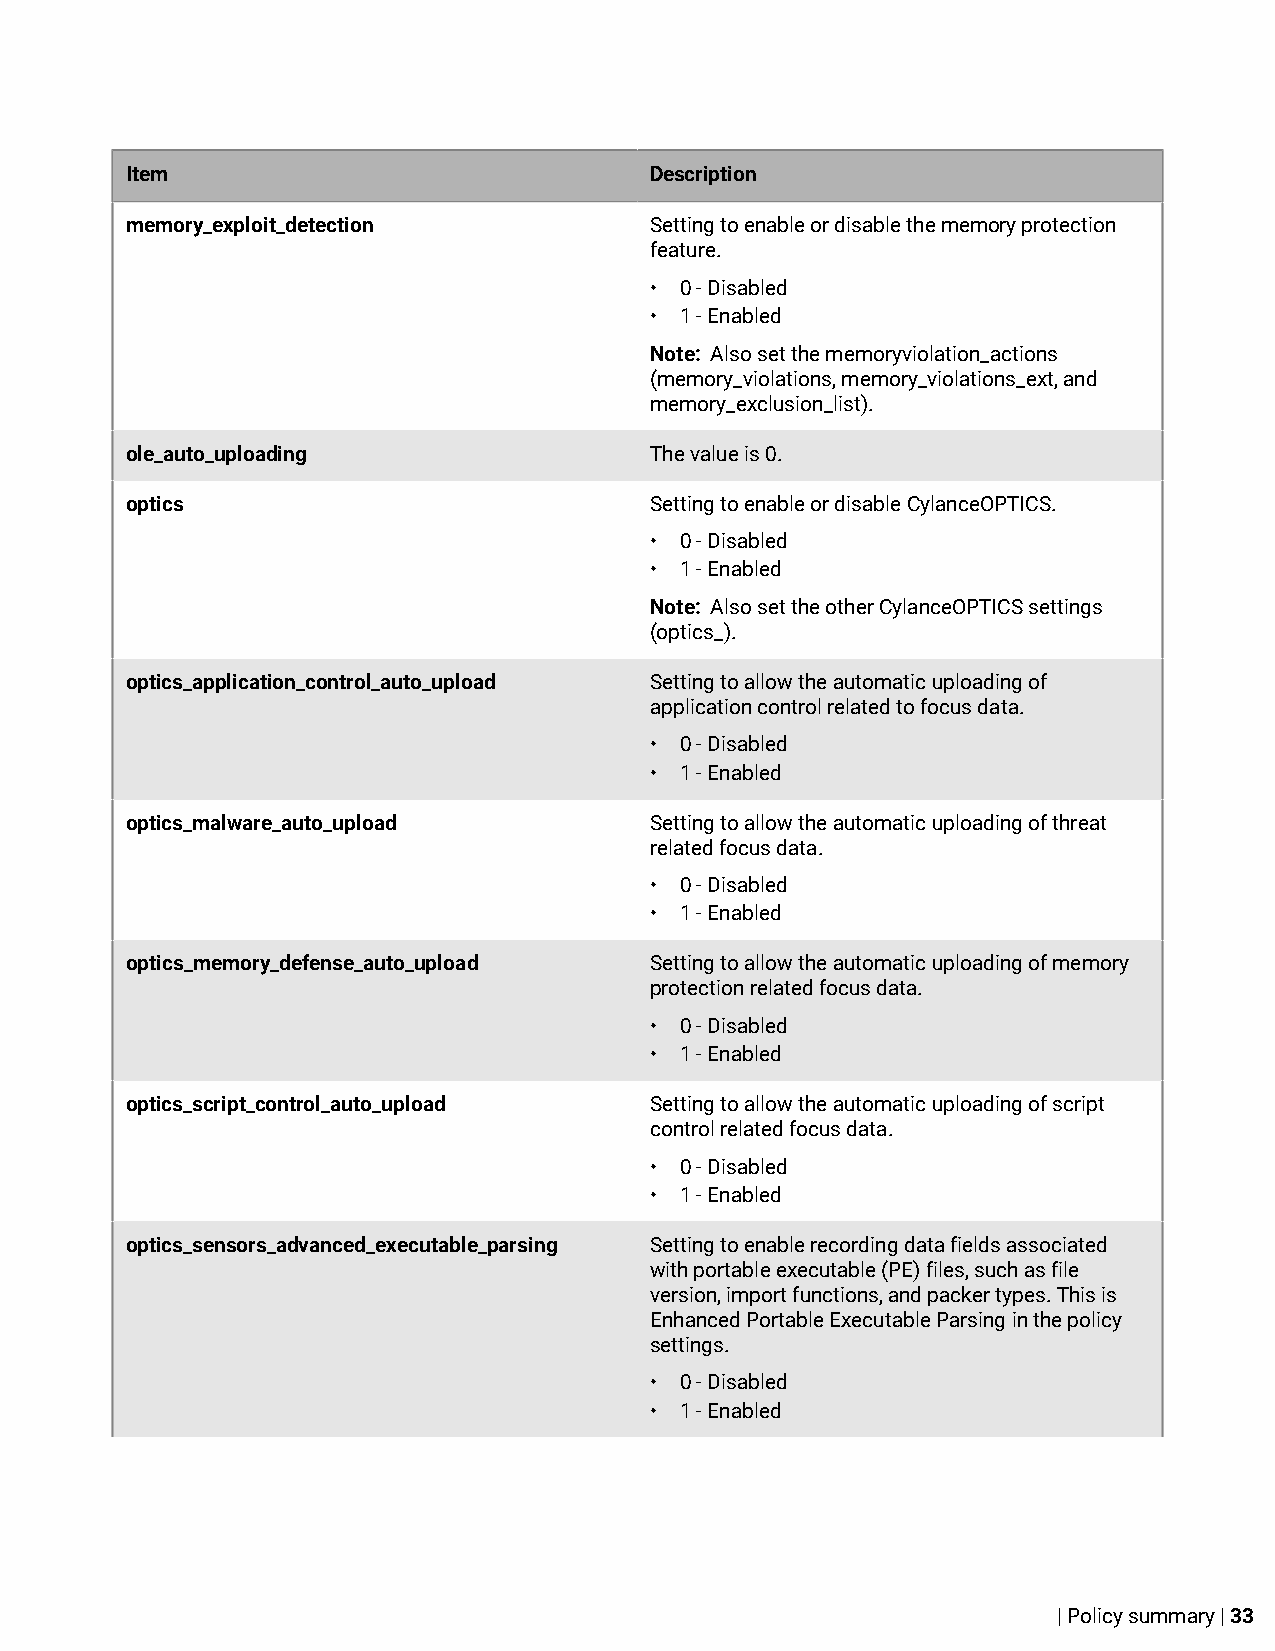
Item                               Description
 memory_exploit_detection           Setting to enable or disable the memory protection
 feature.
 • 0 - Disabled
 • 1 - Enabled
 Note: Also set the memoryviolation_actions
 (memory_violations, memory_violations_ext, and
 memory_exclusion_list).
 ole_auto_uploading                 The value is 0.
 optics                             Setting to enable or disable CylanceOPTICS.
 • 0 - Disabled
 • 1 - Enabled
 Note: Also set the other CylanceOPTICS settings
 (optics_).
 optics_application_control_auto_upload Setting to allow the automatic uploading of
 application control related to focus data.
 • 0 - Disabled
 • 1 - Enabled
 optics_malware_auto_upload         Setting to allow the automatic uploading of threat
 related focus data.
 • 0 - Disabled
 • 1 - Enabled
 optics_memory_defense_auto_upload  Setting to allow the automatic uploading of memory
 protection related focus data.
 • 0 - Disabled
 • 1 - Enabled
 optics_script_control_auto_upload  Setting to allow the automatic uploading of script
 control related focus data.
 • 0 - Disabled
 • 1 - Enabled
 optics_sensors_advanced_executable_parsing Setting to enable recording data fields associated
 with portable executable (PE) files, such as file
 version, import functions, and packer types. This is
 Enhanced Portable Executable Parsing in the policy
 settings.
 • 0 - Disabled
 • 1 - Enabled
 | Policy summary | 33